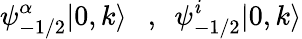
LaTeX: \psi_{-1/2}^{\alpha}|0,k\rangle~~~,~~\psi_{-1/2}^{\mathit{i}}|0,k\rangle